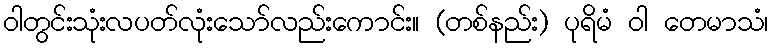
ဝါတွင်းသုံးလပတ်လုံးသော်လည်းကောင်း။ (တစ်နည်း) ပုရိမံ ဝါ တေမာသံ၊